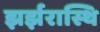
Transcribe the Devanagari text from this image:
झर्झरास्थि